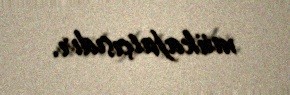
mükafatçısıdır.